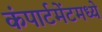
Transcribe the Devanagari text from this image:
कंपार्टमेंटमध्ये